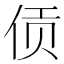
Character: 𫢟